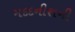
મદદનીશની